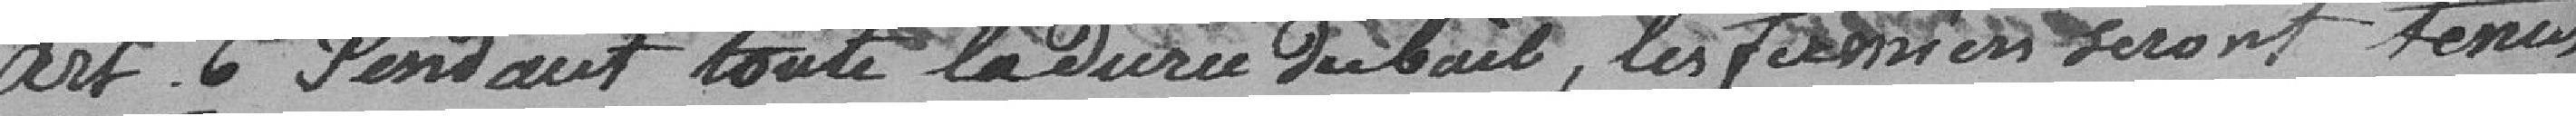
Art. 6 Pendant toute la durée du bail, les fermiers seront tenus